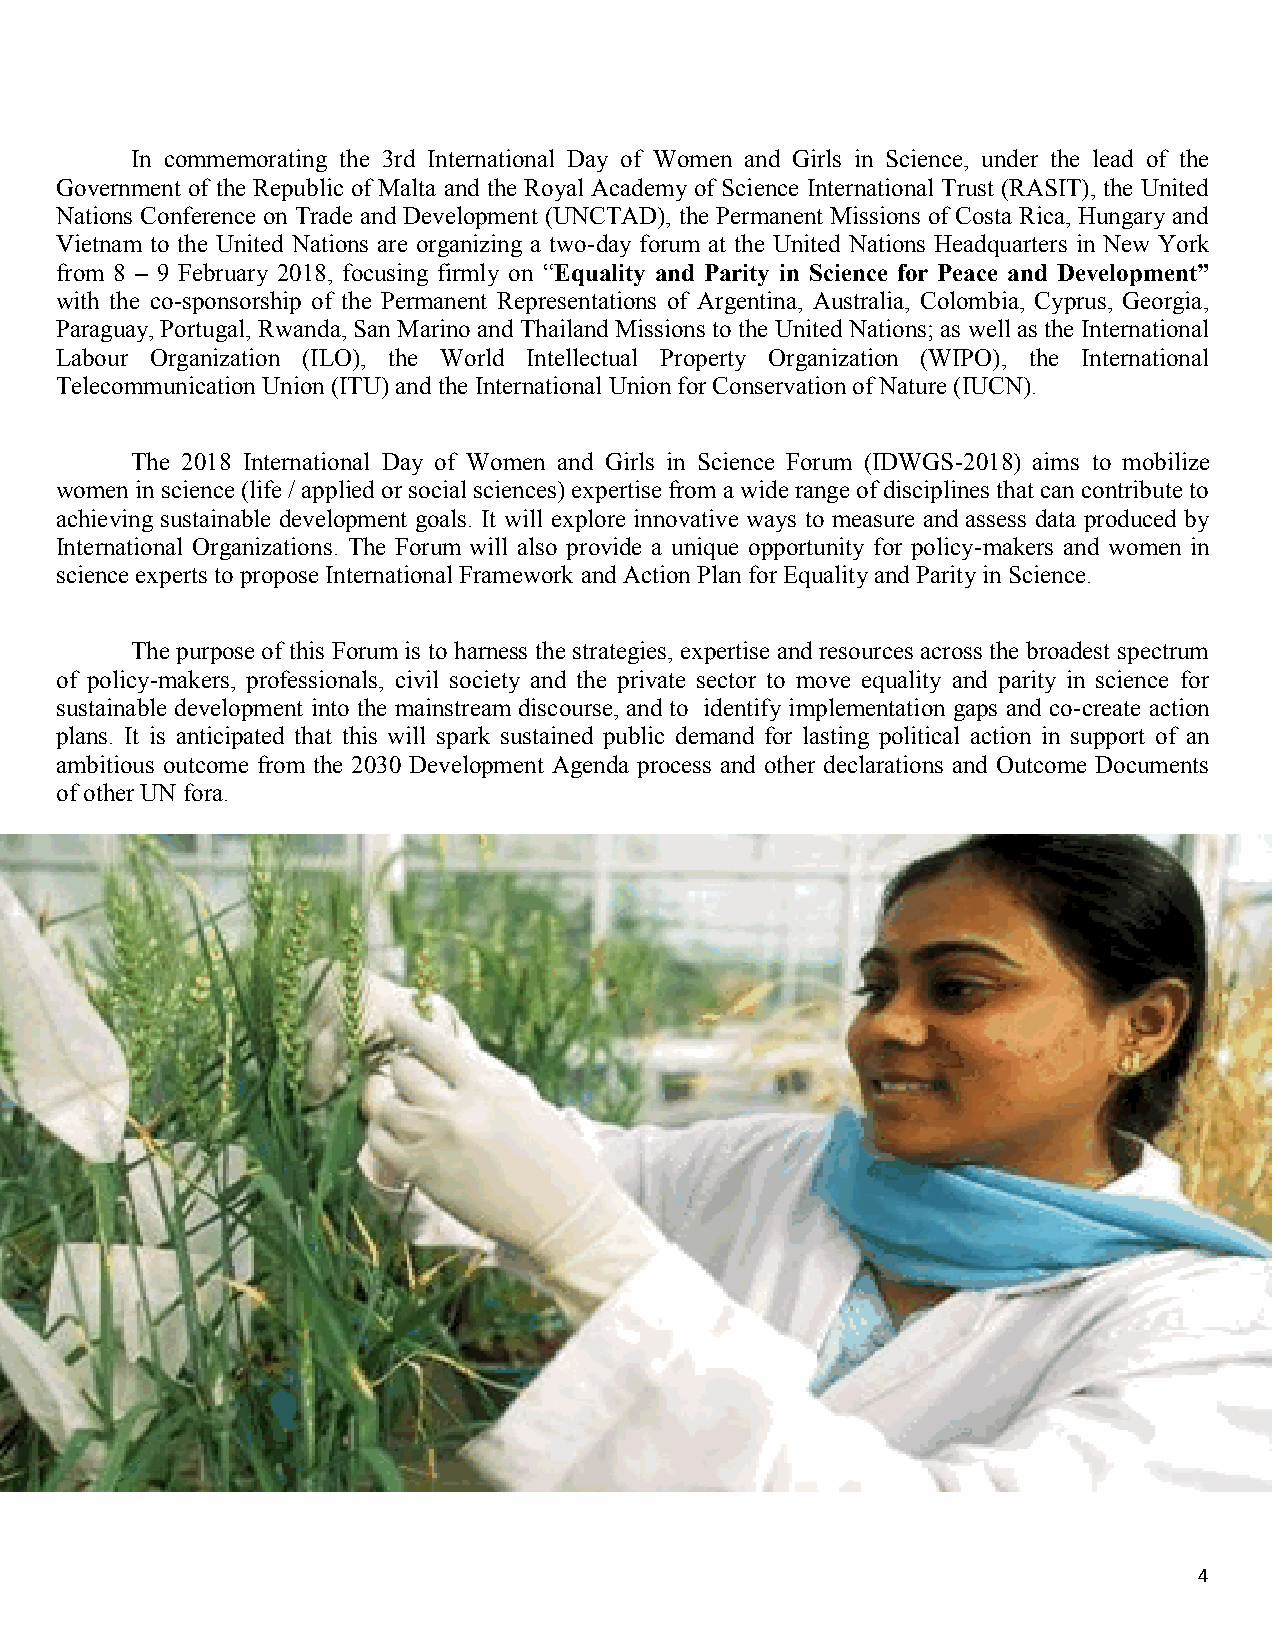
In commemorating the 3rd International Day of Women and Girls in Science, under the lead of the
 Government of the Republic of Malta and the Royal Academy of Science International Trust (RASIT), the United
 Nations Conference on Trade and Development (UNCTAD), the Permanent Missions of Costa Rica, Hungary and
 Vietnam to the United Nations are organizing a two-day forum at the United Nations Headquarters in New York
 from 8 – 9 February 2018, focusing firmly on “Equality and Parity in Science for Peace and Development”
 with the co-sponsorship of the Permanent Representations of Argentina, Australia, Colombia, Cyprus, Georgia,
 Paraguay, Portugal, Rwanda, San Marino and Thailand Missions to the United Nations; as well as the International
 Labour Organization (ILO), the World Intellectual Property Organization (WIPO), the International
 Telecommunication Union (ITU) and the International Union for Conservation of Nature (IUCN).
 The 2018 International Day of Women and Girls in Science Forum (IDWGS-2018) aims to mobilize
 women in science (life / applied or social sciences) expertise from a wide range of disciplines that can contribute to
 achieving sustainable development goals. It will explore innovative ways to measure and assess data produced by
 International Organizations. The Forum will also provide a unique opportunity for policy-makers and women in
 science experts to propose International Framework and Action Plan for Equality and Parity in Science.
 The purpose of this Forum is to harness the strategies, expertise and resources across the broadest spectrum
 of policy-makers, professionals, civil society and the private sector to move equality and parity in science for
 sustainable development into the mainstream discourse, and to identify implementation gaps and co-create action
 plans. It is anticipated that this will spark sustained public demand for lasting political action in support of an
 ambitious outcome from the 2030 Development Agenda process and other declarations and Outcome Documents
 of other UN fora.
 4